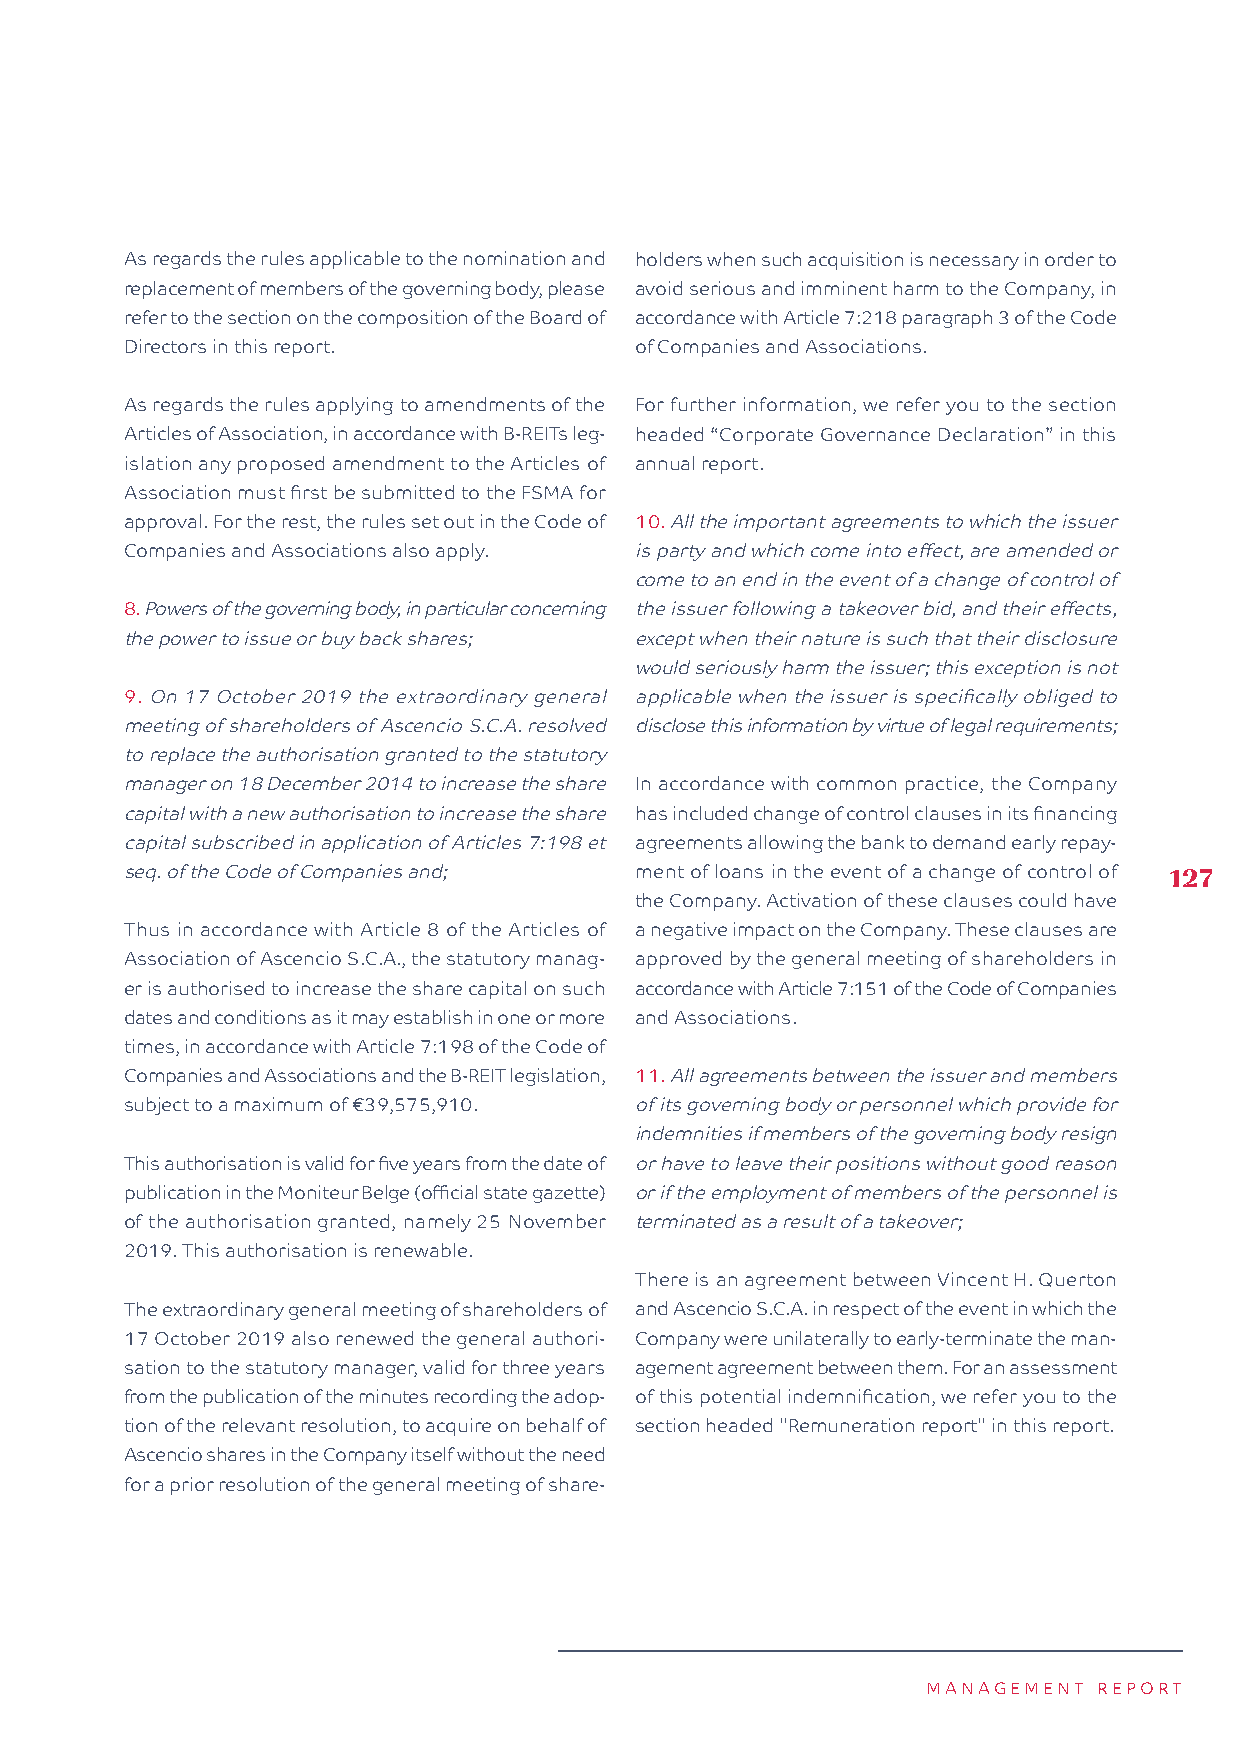
As regards the rules applicable to the nomination and holders when such acquisition is necessary in order to
 replacement of members of the governing body, please avoid serious and imminent harm to the Company, in
 refer to the section on the composition of the Board of accordance with Article 7:218 paragraph 3 of the Code
 Directors in this report.         of Companies and Associations.
 As regards the rules applying to amendments of the For further information, we refer you to the section
 Articles of Association, in accordance with B-REITs leg- headed “Corporate Governance Declaration” in this
 islation any proposed amendment to the Articles of annual report.
 Association must first be submitted to the FSMA for
 approval. For the rest, the rules set out in the Code of 10. All the important agreements to which the issuer
 Companies and Associations also apply. is party and which come into effect, are amended or
 come to an end in the event of a change of control of
 8. Powers of the governing body, in particular concerning the issuer following a takeover bid, and their effects,
 the power to issue or buy back shares; except when their nature is such that their disclosure
 would seriously harm the issuer; this exception is not
 9. On 17 October 2019 the extraordinary general applicable when the issuer is specifically obliged to
 meeting of shareholders of Ascencio S.C.A. resolved disclose this information by virtue of legal requirements;
 to replace the authorisation granted to the statutory
 manager on 18 December 2014 to increase the share In accordance with common practice, the Company
 capital with a new authorisation to increase the share has included change of control clauses in its financing
 capital subscribed in application of Articles 7:198 et agreements allowing the bank to demand early repay-
 seq. of the Code of Companies and; ment of loans in the event of a change of control of 127
 the Company. Activation of these clauses could have
 Thus in accordance with Article 8 of the Articles of a negative impact on the Company. These clauses are
 Association of Ascencio S.C.A., the statutory manag- approved by the general meeting of shareholders in
 er is authorised to increase the share capital on such accordance with Article 7:151 of the Code of Companies
 dates and conditions as it may establish in one or more and Associations.
 times, in accordance with Article 7:198 of the Code of
 Companies and Associations and the B-REIT legislation, 11. All agreements between the issuer and members
 subject to a maximum of €39,575,910. of its governing body or personnel which provide for
 indemnities if members of the governing body resign
 This authorisation is valid for five years from the date of or have to leave their positions without good reason
 publication in the Moniteur Belge (official state gazette) or if the employment of members of the personnel is
 of the authorisation granted, namely 25 November terminated as a result of a takeover;
 2019. This authorisation is renewable.
 There is an agreement between Vincent H. Querton
 The extraordinary general meeting of shareholders of and Ascencio S.C.A. in respect of the event in which the
 17 October 2019 also renewed the general authori- Company were unilaterally to early-terminate the man-
 sation to the statutory manager, valid for three years agement agreement between them. For an assessment
 from the publication of the minutes recording the adop- of this potential indemnification, we refer you to the
 tion of the relevant resolution, to acquire on behalf of section headed "Remuneration report" in this report.
 Ascencio shares in the Company itself without the need
 for a prior resolution of the general meeting of share-
 MANAGEMENT  REPORT